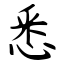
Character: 悉